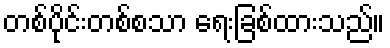
တစ်ပိုင်းတစ်စသာ ရေးခြစ်ထားသည်။